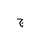
Letter: _gim